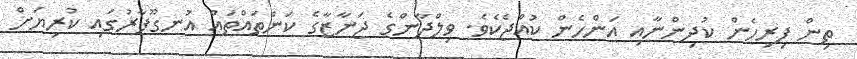
ތިން ފިރިހެން ކުދިންނާއި އަންހެން ކުއްޖެކެވެ. ވިލްދާންގެ ޖަނާޒާގެ ކަންތައްތައް އުނގޫފާރުގައި ކުރިޔަށް